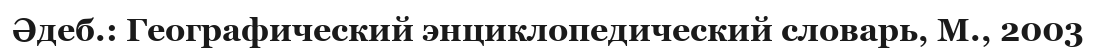
Әдеб.: Географический энциклопедический словарь, М., 2003